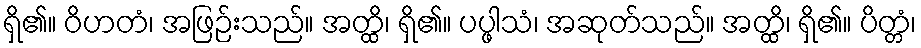
ရှိ၏။ ဝိဟတံ၊ အဖြဉ်းသည်။ အတ္ထိ၊ ရှိ၏။ ပပ္ဖါသံ၊ အဆုတ်သည်။ အတ္ထိ၊ ရှိ၏။ ပိတ္တံ၊